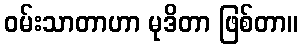
ဝမ်းသာတာဟာ မုဒိတာ ဖြစ်တာ။